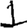
Digit: 1